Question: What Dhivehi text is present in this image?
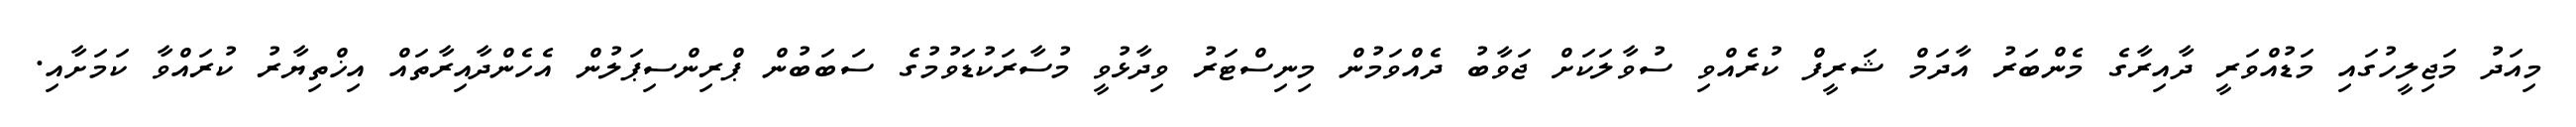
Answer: މިއަދު މަޖިލީހުގައި މަޑުއްވަރީ ދާއިރާގެ މެންބަރު އާދަމް ޝަރީފް ކުރެއްވި ސުވާލަކަށް ޖަވާބު ދެއްވަމުން މިނިސްޓަރު ވިދާޅުވީ މުސާރަކުޑަވުމުގެ ސަބަބުން ޕްރިންސިޕަލުން އެހެންދާއިރާތައް އިޚްތިޔާރު ކުރައްވާ ކަމަށާއި.